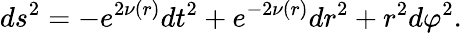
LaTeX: ds^{2}=-e^{2\nu(r)}dt^{2}+e^{-2\nu(r)}dr^{2}+r^{2}d\varphi^{2}.